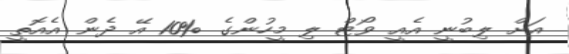
އަށް ލިބުނީ އެއީ ވޯޓް ލި މީހުންގެ %10 އޭ ދެން އެއޮތީ